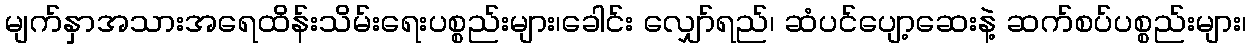
မျက်နှာအသားအရေထိန်းသိမ်းရေးပစ္စည်းများ၊ခေါင်း လျှော်ရည်၊ ဆံပင်ပျော့ဆေးနဲ့ ဆက်စပ်ပစ္စည်းများ၊